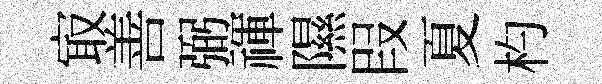
㝡善弼禈隰叚夏杓